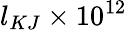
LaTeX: l_{KJ}\times 10^{12}